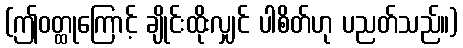
(ဤဝတ္ထုကြောင့် ချိုင်းထိုးလျှင် ပါစိတ်ဟု ပညတ်သည်။)